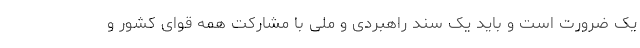
یک ضرورت است و باید یک سند راهبردی و ملی با مشارکت همه قوای کشور و